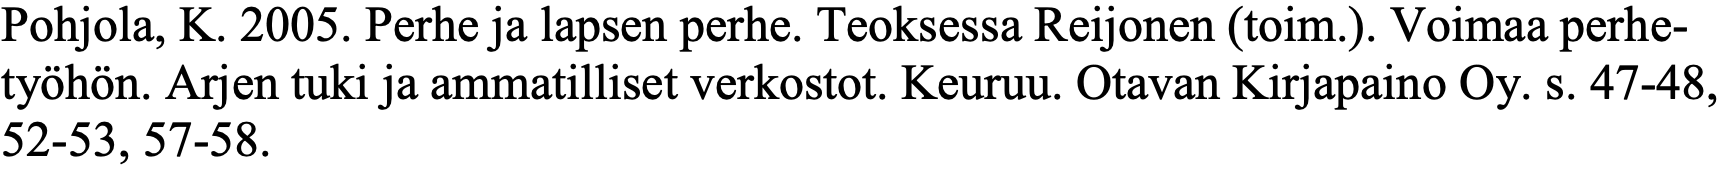
Pohjola, K. 2005. Perhe ja lapsen perhe. Teoksessa Reijonen (toim.). Voimaa perhe- työhön. Arjen tuki ja ammatilliset verkostot. Keuruu. Otavan Kirjapaino Oy. s. 47-48, 52-53, 57-58.